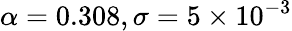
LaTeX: \alpha=0.308,\sigma=5\times 10^{-3}